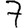
Digit: 7